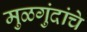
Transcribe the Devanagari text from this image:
मुळगुंदांचे